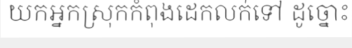
យកអ្នកស្រុកកំពុងដេកលក់ទៅ ដូច្នោះ